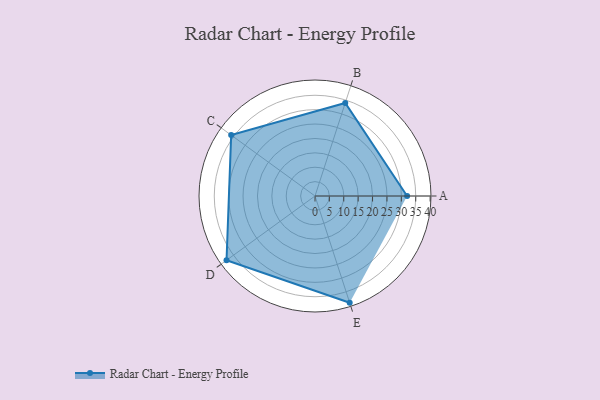
{"axis": {"x": "Skill", "y": "Score"}, "legend": ["Profile"], "data": [{"x": "A", "y": 32.0, "type": "Profile"}, {"x": "B", "y": 34.0, "type": "Profile"}, {"x": "C", "y": 36.0, "type": "Profile"}, {"x": "D", "y": 38.0, "type": "Profile"}, {"x": "E", "y": 39.0, "type": "Profile"}]}